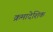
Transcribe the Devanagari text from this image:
क्रमादेशिक